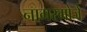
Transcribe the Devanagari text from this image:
नागरगोजे